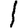
Digit: 1